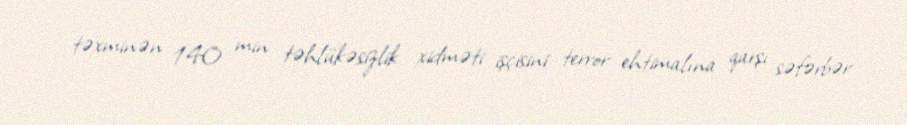
təxminən 140 min təhlükəsizlik xidməti işçisini terror ehtimalına qarşı səfərbər